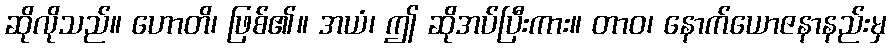
ဆိုလိုသည်။ ဟောတိ၊ ဖြစ်၏။ အယံ၊ ဤ ဆိုအပ်ပြီးကား။ တာဝ၊ နောက်ယောဇနာနည်းမှ